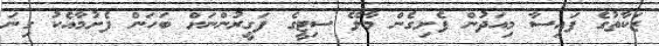
ޒަކާތުގެ ފައިސާ މިއަދުން ފެށިގެން މާލޭ ސިޓީގެ ފަގީރުންނަށް ބަހަން ފެށުމާއެކު ގިނަ